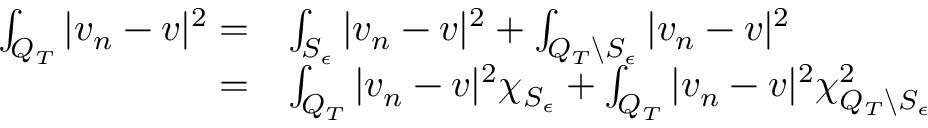
\begin{array} { r l } { \int _ { Q _ { T } } | v _ { n } - v | ^ { 2 } = } & { \int _ { S _ { \epsilon } } | v _ { n } - v | ^ { 2 } + \int _ { Q _ { T } \backslash S _ { \epsilon } } | v _ { n } - v | ^ { 2 } } \\ { = } & { \int _ { Q _ { T } } | v _ { n } - v | ^ { 2 } \chi _ { S _ { \epsilon } } + \int _ { Q _ { T } } | v _ { n } - v | ^ { 2 } \chi _ { Q _ { T } \backslash S _ { \epsilon } } ^ { 2 } } \end{array}